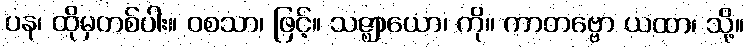
ပန၊ ထိုမှတစ်ပါး။ ဝစသာ၊ ဖြင့်။ သဇ္ဈာယော၊ ကို။ ကာတဗ္ဗော ယထာ၊ သို့။